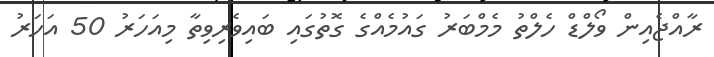
ރާއްޖެއިން ވޯލްޑް ހެލްތު މެމްބަރު ގައުމެއްގެ ގޮތުގައި ބައިވެރިވިތާ މިއަހަރު 50 އަހަރު